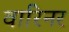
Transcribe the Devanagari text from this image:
वारिनर